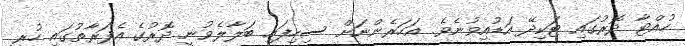
ހުއްޓާ ދޮރުގައި ޓަކިދޭ އަޑުއިވުނެވެ. އަހަރެންނަށް ސިހިފައި ބަލާލެވުނީ ދޮރުގެ އެފަރާތުގައި ހުރީ